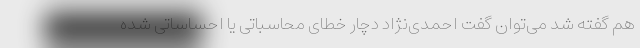
هم گفته شد می‌توان گفت احمدی‌نژاد دچار خطای محاسباتی یا احساساتی شده